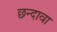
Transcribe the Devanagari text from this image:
छन्दावा